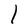
Character: l